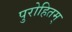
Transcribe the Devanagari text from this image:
पुरोहितम्